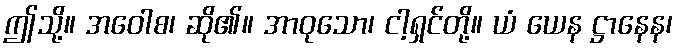
ဤသို့။ အဝေါစ၊ ဆို၏။ အာဝုသော၊ ငါ့ရှင်တို့။ ယံ ယေန ဋ္ဌာနေန၊